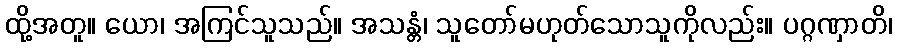
ထို့အတူ။ ယော၊ အကြင်သူသည်။ အသန္တံ၊ သူတော်မဟုတ်သောသူကိုလည်း။ ပဂ္ဂဏှာတိ၊